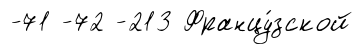
-71 -72 -213 Францу́зской